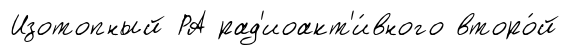
Изотопный РА рад'иоакт'и́вного второ́й